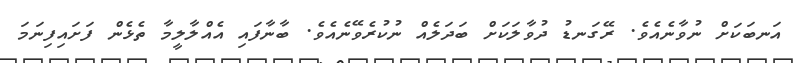
އަނބަކަށް ނުވާނެއެވެ. ރޭގަނޑު ދުވާލަކަށް ބަދަލެއް ނުކުރެވޭނެއެވެ. ބާނާފައި އެއްލާލީމާ ތެޅެން ފަށައިފިނަމަ